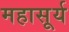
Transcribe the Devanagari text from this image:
महासूर्य